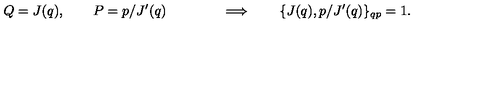
Q = J ( q ) , \qquad P = p / J ^ { \prime } ( q ) \qquad \qquad \Longrightarrow \qquad \{ J ( q ) , p / J ^ { \prime } ( q ) \} _ { q p } = 1 .